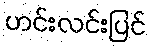
ဟင်းလင်းပြင်